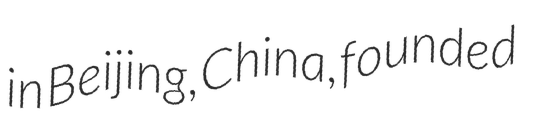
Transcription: in Beijing, China, founded